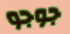
جوجو